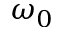
\omega _ { 0 }